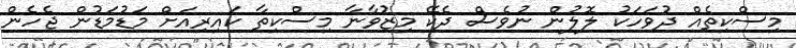
މިސްކިތެއް ދުވަހަކު ލޮލުން ނުވެސް ދެކޭ މިޒުވާނާ މިސްކިތާ ކައިރިއަށް މަޑުމަޑުން ޖެހެން